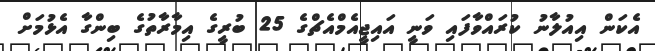
އެކަން އިއުލާނު ކުރައްވާފައި ވަނީ އައިޖީއެމްއެޗްގެ 25 ބުރީގެ އިމާރާތުގެ ބިންގާ އެޅުމަށް